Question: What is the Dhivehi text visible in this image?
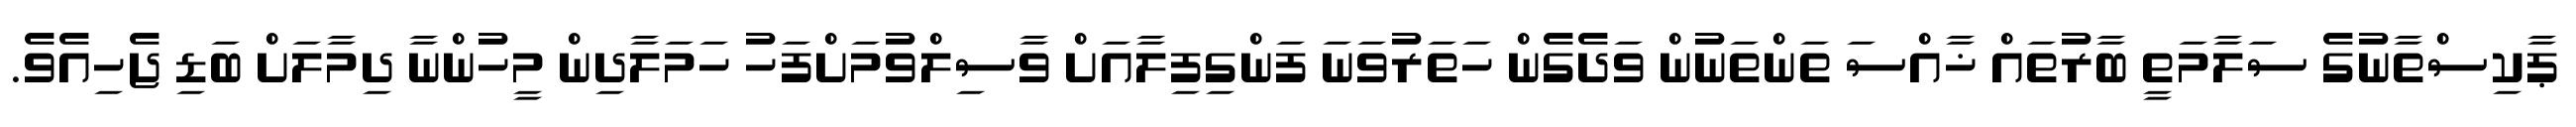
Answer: ޕާކިސްތާނުގެ ސަލާމަތީ ބާރުތައް ޚާއްސަ ތަންތަނުން ވަދެގެން ހަތަރުވަނަ ފަންގިފިލާއަށް ވާސިލްވުމަށްފަހު ހަމަލާދިން މީހުންނާ ދިމާލަށް ބަޑި ޖެހިއެވެ.